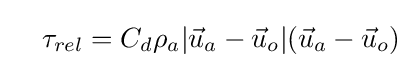
\quad \tau _{rel}=C_{d}\rho _{a}|{\vec {u}}_{a}-{\vec {u}}_{o}|({\vec {u}}_{a}-{\vec {u}}_{o})